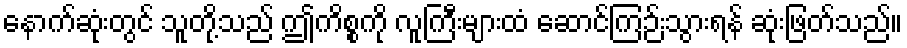
နောက်ဆုံးတွင် သူတို့သည် ဤကိစ္စကို လူကြီးများထံ ဆောင်ကြဉ်းသွားရန် ဆုံးဖြတ်သည်။